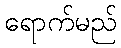
ရောက်မည်